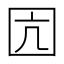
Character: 囥